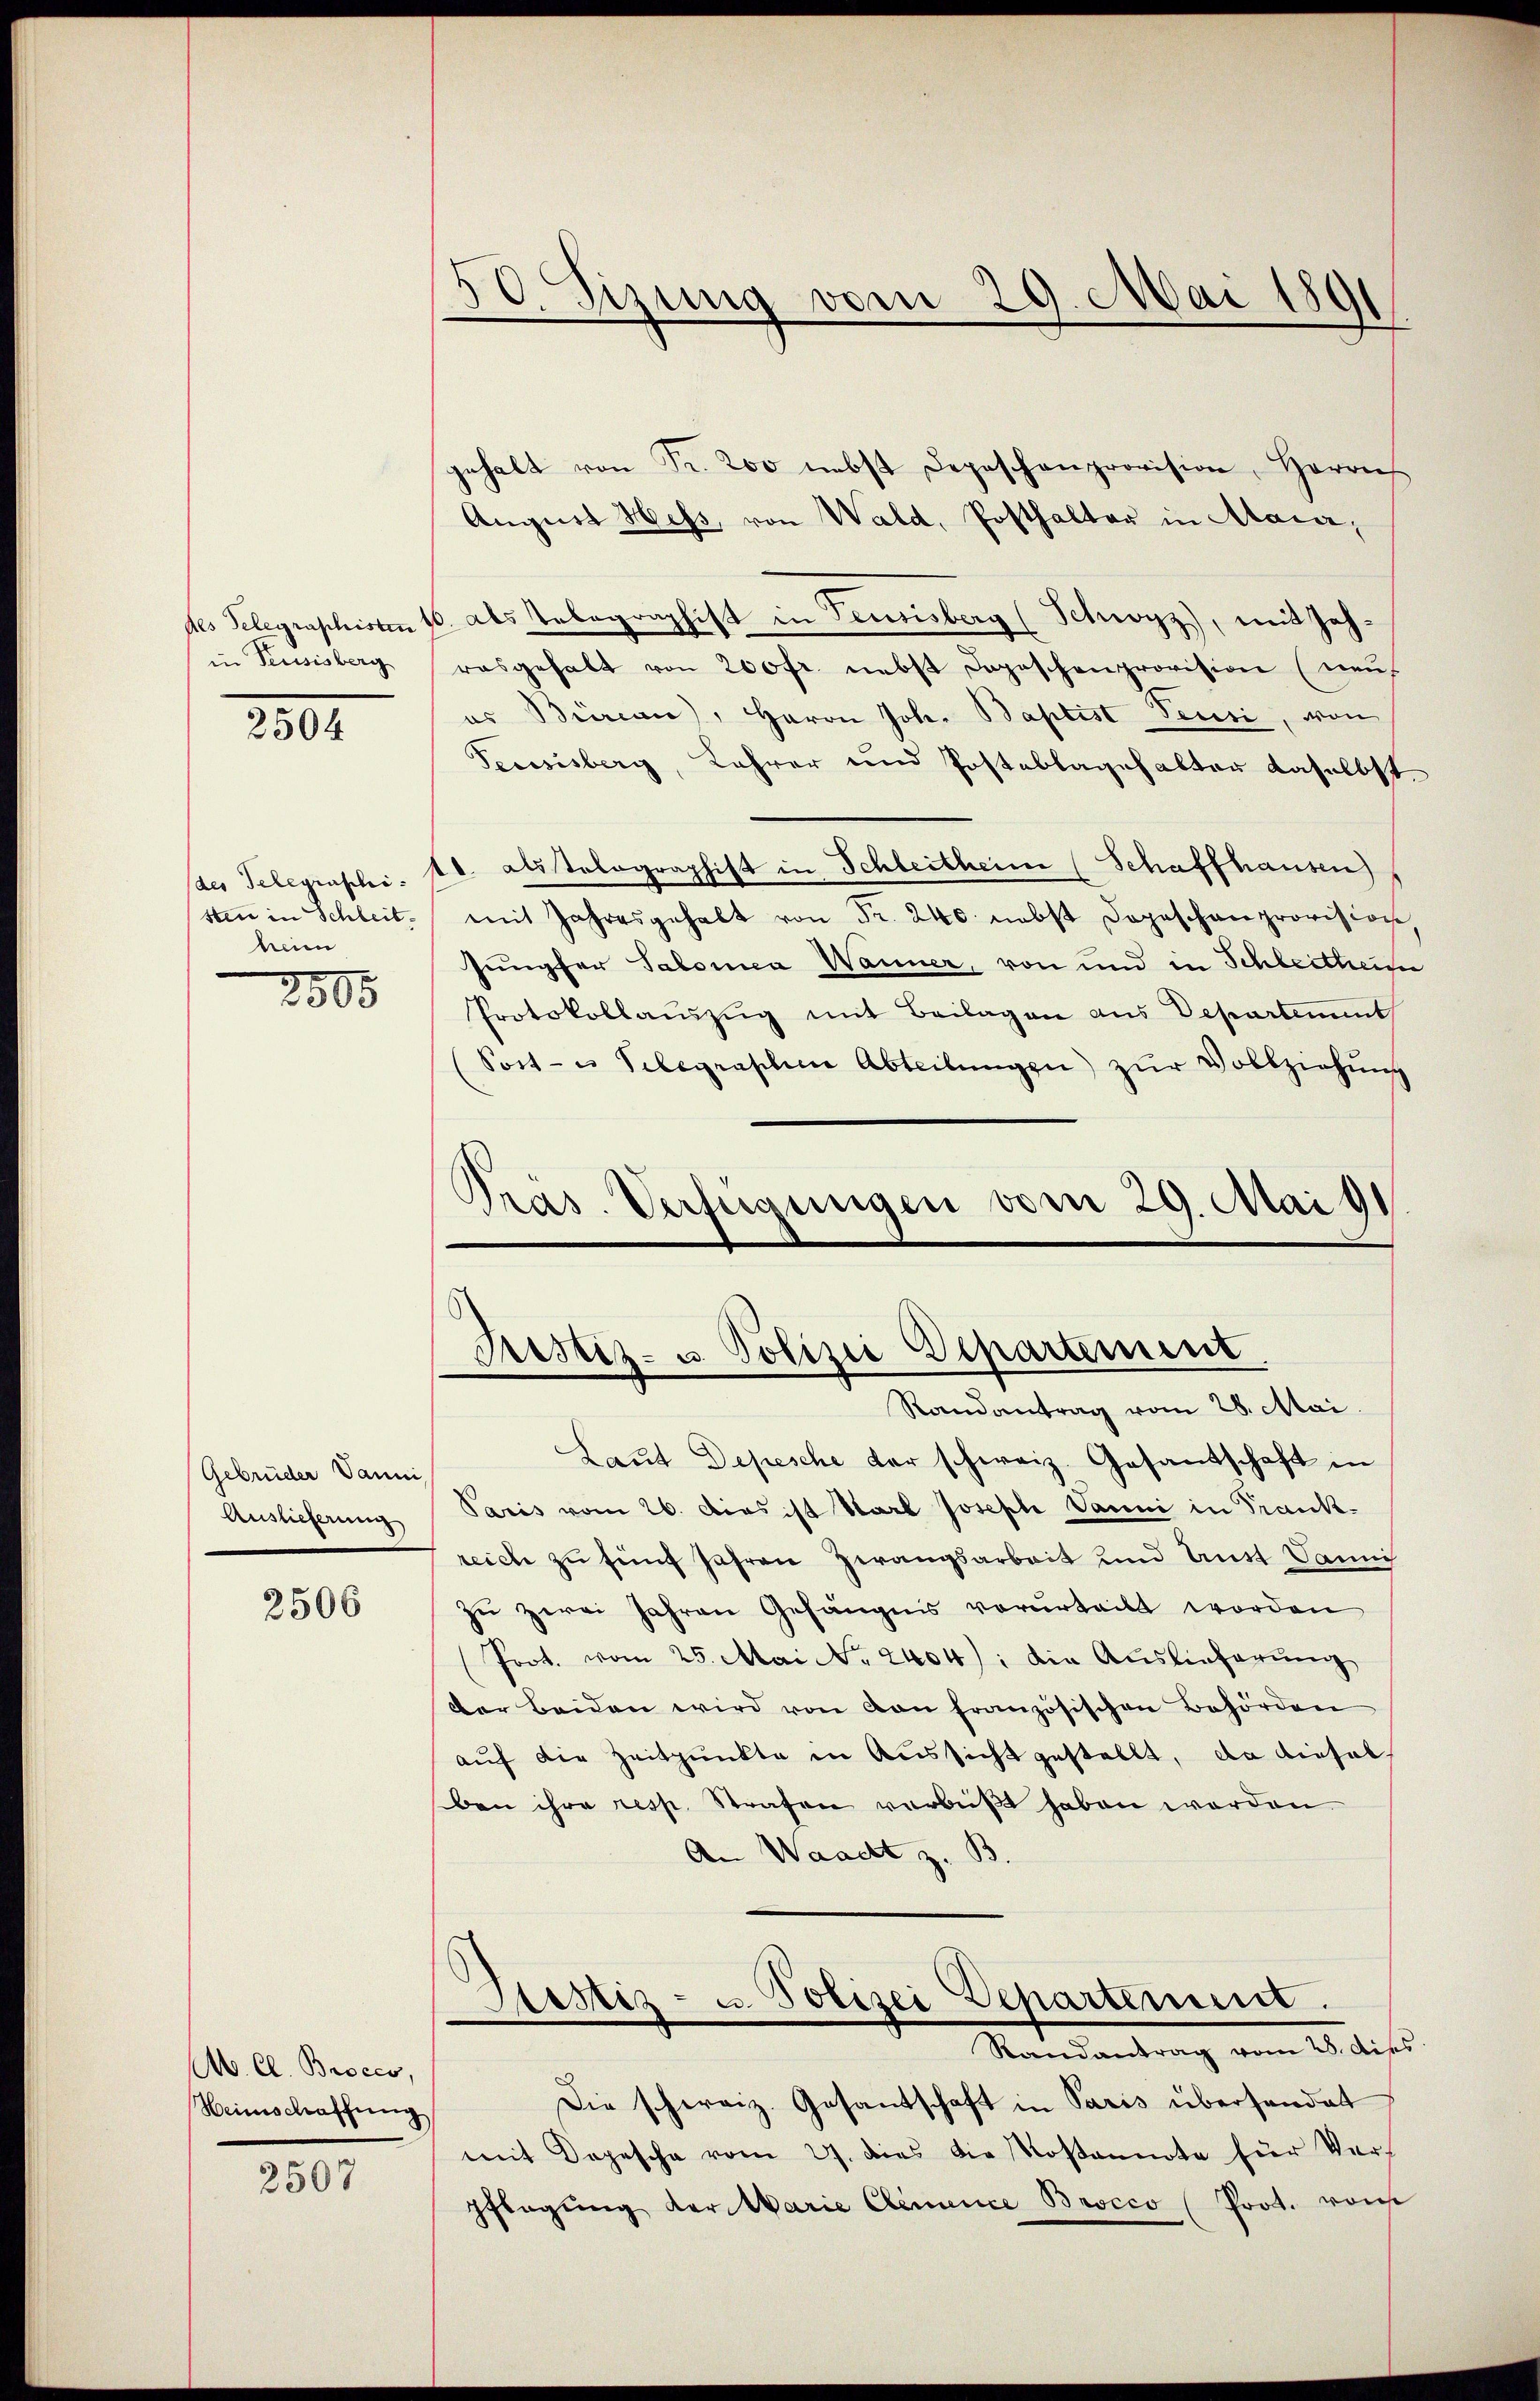
in Feusisberg

2504

(des Telegraschiheim

2800

Gebrüder Vanni
Auslieferung

2506

M. Cl. Broces,
Heimschaffung

2507

gehalt von Fr. 200 nebst Depeschenprovision, Herrn
August Hess, von Wald, Posthalter in Maier,
des Telegraphisten 10. Als Telegraphist in Teusisberg (Schwyz), mit Jahrasgehalt von 200 fr. nebst Depeschenprovision (neuf
es Bürcan), Herrn Joh. Baptist Pensi, von
Teusisberg, Lehrer und Postablagehalter daselbst.
11 als Tolographift in Schleitheim (Schaffhausen)
sten in Schleit mit Jahresgehalt von Fr. 240 nebst Dogeschanprovision,
Jungfer Salomea Wanner, von und in Schleithen
Protokollauszug mit Beilagen aus Departement
(Sost- u. Telegraphen Abteilŭngen zŭr Vollziehŭng
Präs. Verfügungen vom 29. Mai 91

50. Sizung vom 29. Mai 1891

Justiz- u. Polizei Departement
Randantrag vom 28. Mai.

Laut Depesche der schweiz. Gesantschaft in
Paris vom 26. Das ist Karl Joseph Vanni in Frankreich zu fünf Jahren Zwangsarbeit und Anst. Dami
zu zwei Jahren Gefängnis verurteilt worden
Prot. vom 25. Mai No 2404): die Auslieferung
der beiden wird von von französischen Behörden
auf die Zeitpunkte in Aussicht gestellt, da diesel
ben ihre resp. Strafen verbüßt haben worden.
An Waackt z. B.
Sistiz- u. Polizei Departement.
Randantrag vom 25. die
Die schweiz. Gesantschaft in Paris überhandet
mit Depesche vom 27. dies die Kostamente für Verf
Pflegŭng der Marie Clemence Brocco (Prot. von